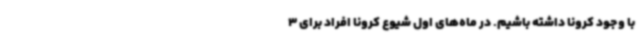
با وجود کرونا داشته باشیم. در ماه‌های اول شیوع کرونا افراد برای 3